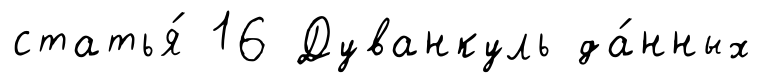
статья́ 16 Дуванкуль да́нных